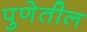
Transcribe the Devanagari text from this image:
पुणेतील